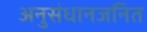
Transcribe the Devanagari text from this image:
अनुसंधानजनित